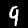
Digit: 9